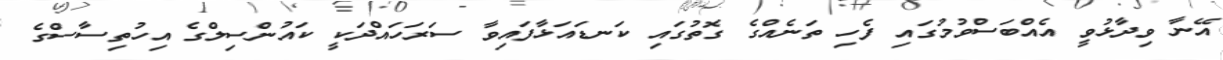
އޭނާ ވިދާޅުވީ އެއްބަސްވުމުގައި ފެހި ތަނެއްގެ ގޮތުގައި ކަނޑައަޅާފައިވާ ސަރަހައްދަކީ ކައުންސިލްގެ އިހުތިސާސްގެ